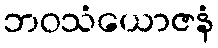
ဘဝသံယောဇနံ